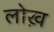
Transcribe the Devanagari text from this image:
लोख़